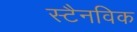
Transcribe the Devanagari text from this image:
स्टैनविक